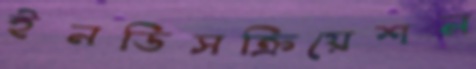
ইনডিসক্রিয়েশন